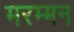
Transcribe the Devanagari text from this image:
मरम्मन